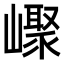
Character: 𡽨